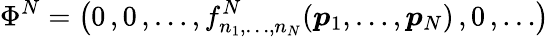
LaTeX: \Phi^{N}=\bigl(0\, ,0\, ,\dots,f_{n_{1},\dots,n_{N}}^{N}(\boldsymbol{p}_{1},\dots,\boldsymbol{p}_{N})\, ,0\, ,\dots\bigr)